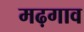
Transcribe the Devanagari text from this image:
मढ़गाव